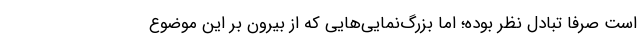
است صرفا تبادل نظر بوده؛ اما بزرگ‌نمایی‌هایی که از بیرون بر این موضوع